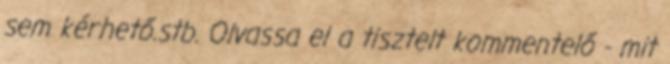
sem kérhető.stb. Olvassa el a tisztelt kommentelő - mit